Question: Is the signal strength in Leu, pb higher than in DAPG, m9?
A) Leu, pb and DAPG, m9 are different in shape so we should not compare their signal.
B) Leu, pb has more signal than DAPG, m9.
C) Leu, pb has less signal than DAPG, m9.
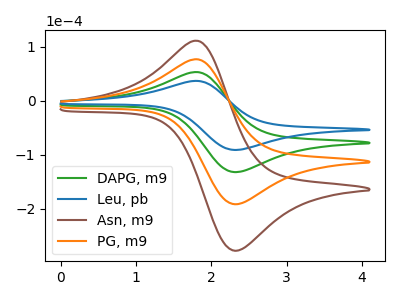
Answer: <think>The green curve "DAPG, m9" has an anodic peak at (1.80V, 52.70uA) and a cathodic peak at (2.30V, -132.50uA). The blue curve "Leu, pb" has an anodic peak at (1.80V, 36.35uA) and a cathodic peak at (2.30V, -91.45uA). The brown curve "Asn, m9" has an anodic peak at (1.80V, 158.05uA) and a cathodic peak at (2.30V, -397.45uA). The orange curve "PG, m9" has an anodic peak at (1.80V, 105.40uA) and a cathodic peak at (2.30V, -264.95uA).
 All the peaks in "Leu, pb" have a peak in "DAPG, m9" at the same potential. Every peak in "Leu, pb" is lower than every peak in "DAPG, m9".</think>
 <answer>C) "Leu, pb" has less signal than "DAPG, m9".</answer>
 <eval>C</eval>